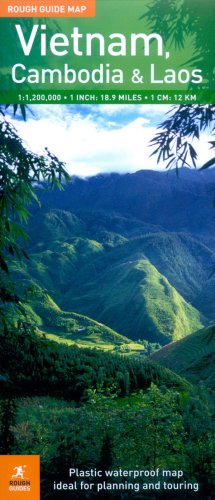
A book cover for The Rough Guide to Vietnam, Laos  &  Cambodia Map 1 (Rough Guide Country/Region Map); Rough Guides; Travel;